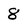
Character: 8